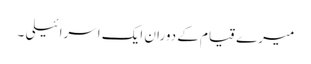
میرے قیام کے دوران ایک اسرائیلی ۔